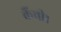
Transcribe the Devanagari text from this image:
कैंची।